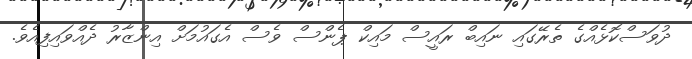
ދުވަސްކޮޅެއްގެ ތެރޭގައި ނައިބް ރައީސް މައިކް ޕެންސް ވެސް އެގައުމަށް އިންޒާރު ދެއްވައިފިއެވެ.